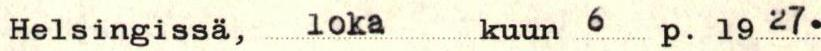
Helsingissä, lokakuun 6 p. 1927.